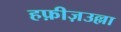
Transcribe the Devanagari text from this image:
हफ़ीज़उल्ला